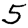
Digit: 5